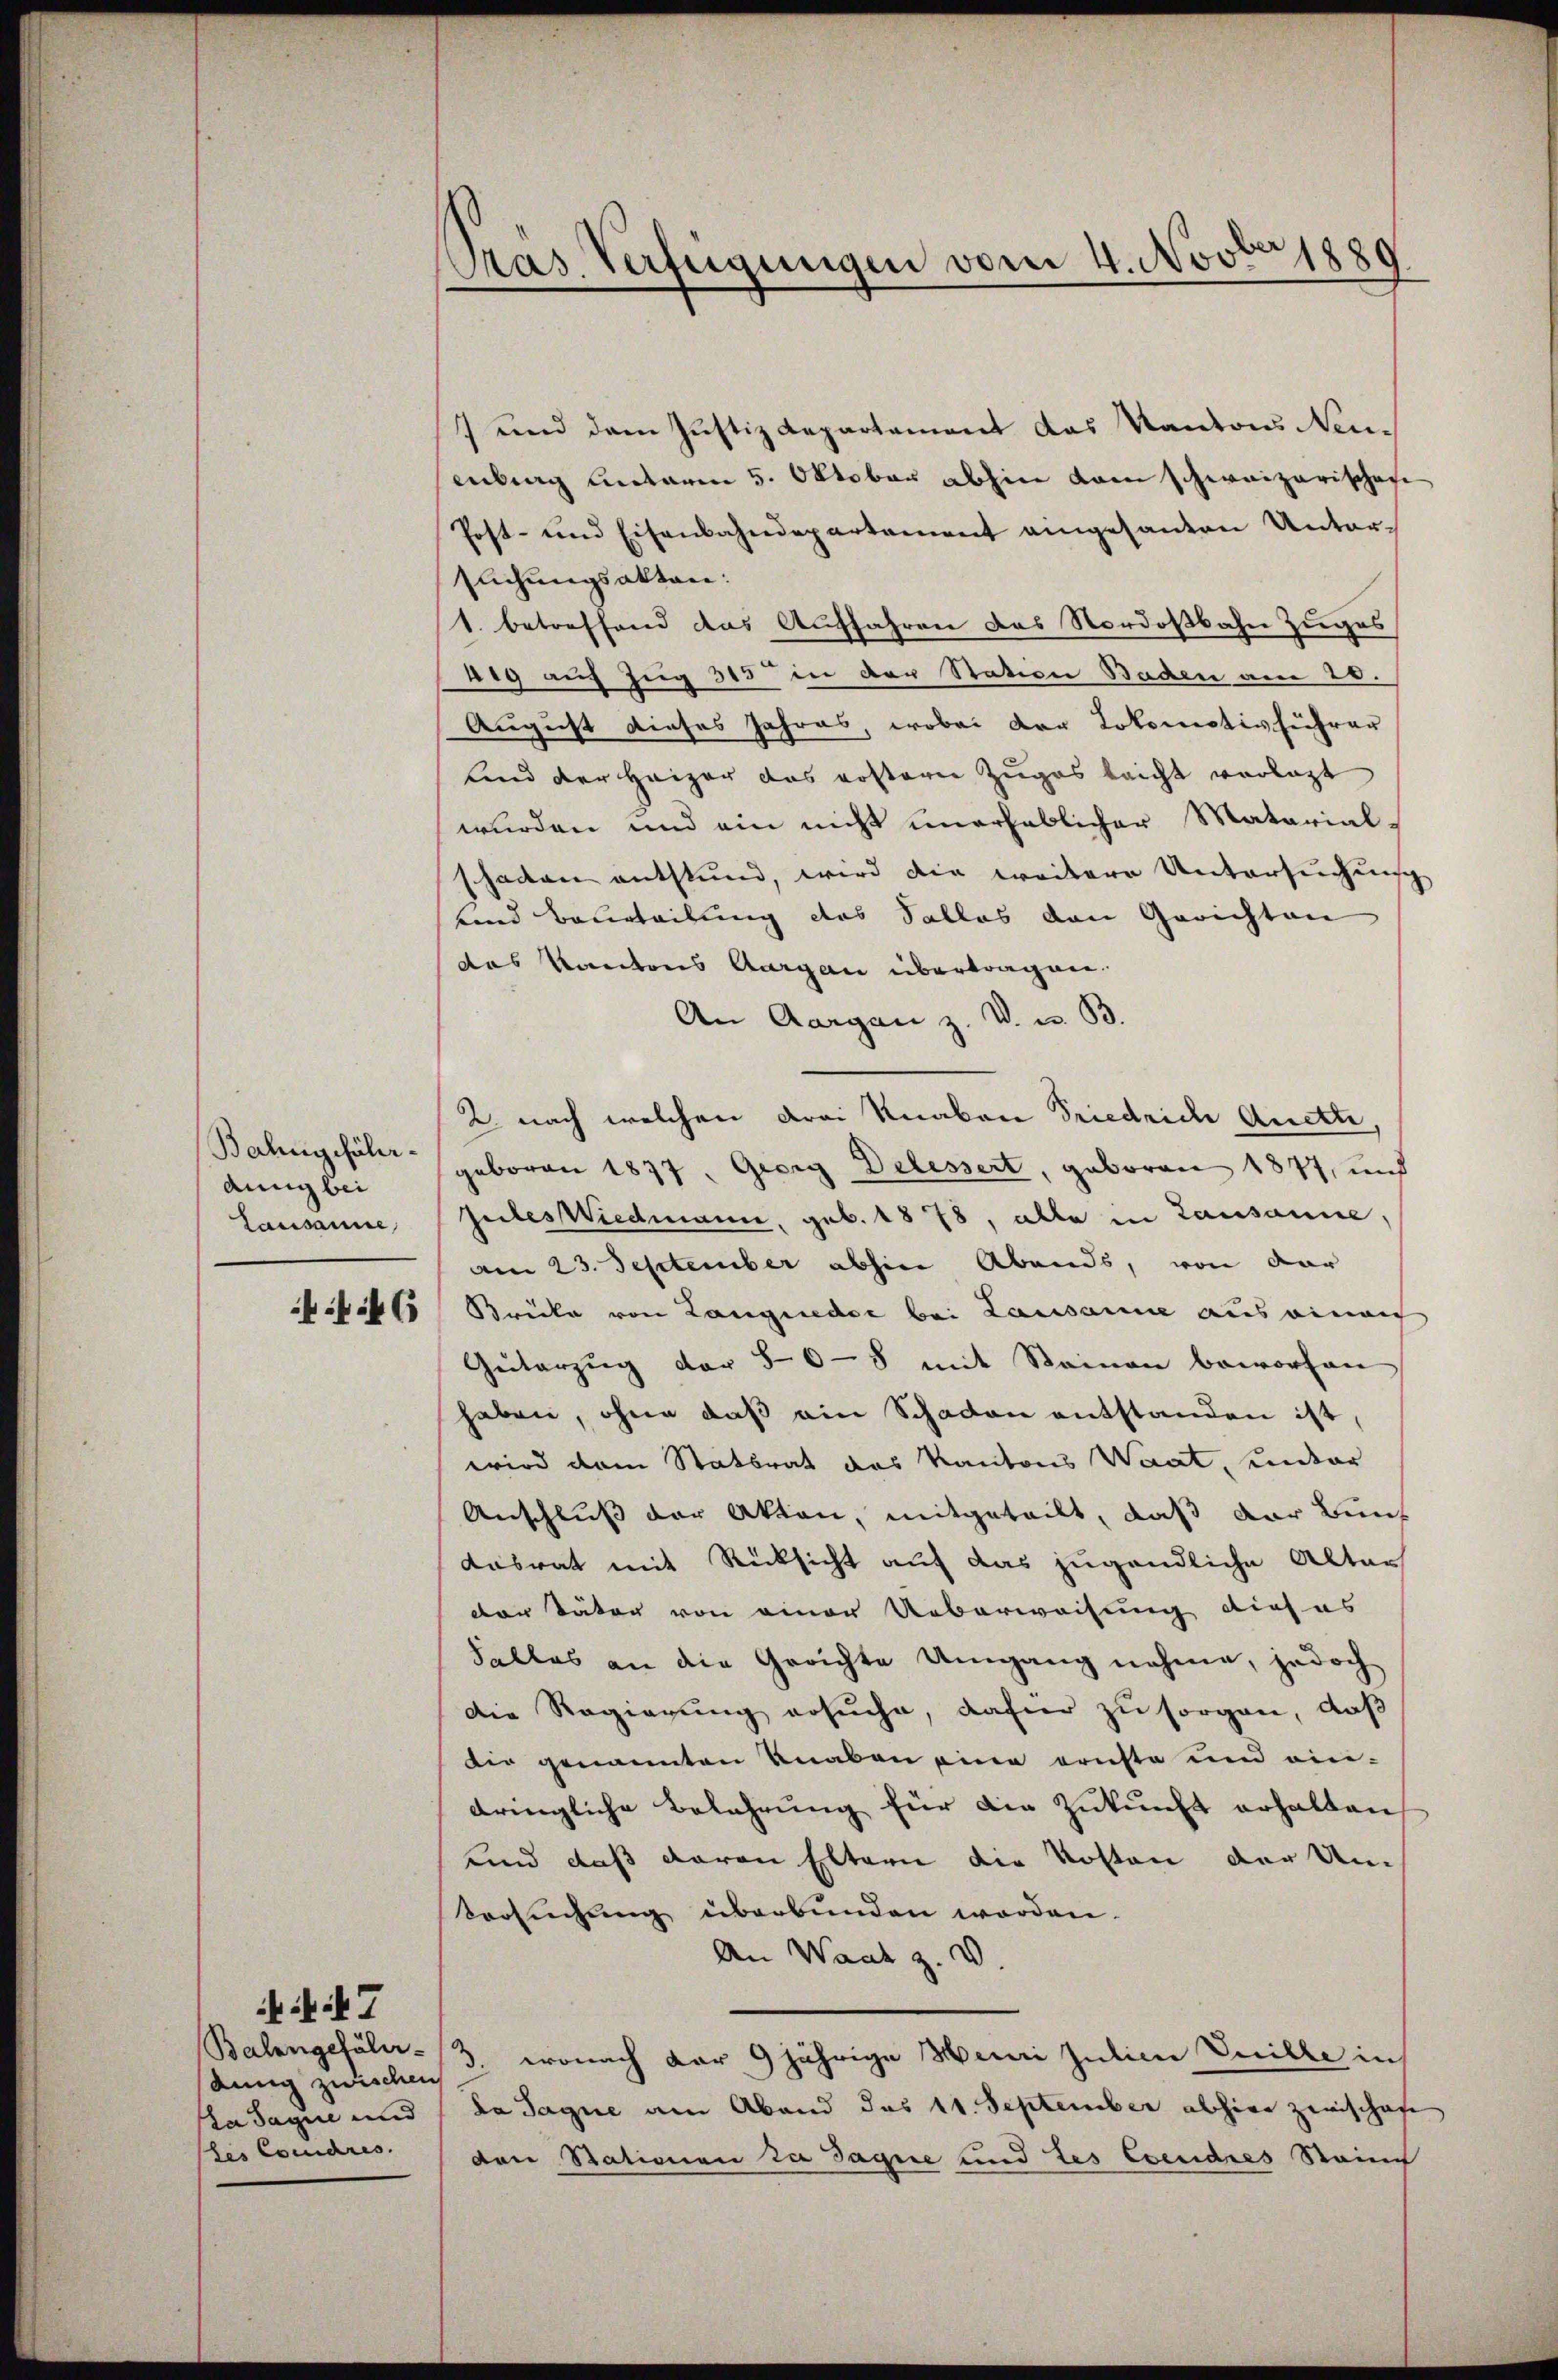
Bahngefähr¬
Aug bei
Lausanne,

46

Balangefähr-
dung zwischen
pra sagie und
(des Condres.

7

Pras Verfügungen vom 4. Novbr 1889

7 und dem Justiz Repartement das Kantons Neuenberg unterm 5. Oktober abhin kam schweizerischaf
Post- und Eisenbahndepartement eingesanten Unter-
Elchungsakten:
1. betreffend das Auffahren das Nordostbahn Zuges
419 auf Zug 315 in der Station Baden am 26.
August dieses Jahres, wobei der Lokomotivführer
Land der Heizer das ersterer Zuges laicht verlast
wurden und ein nicht unerheblicher Materialschaden entstund, wird die weitere Untersuchung
fend Beurteilung des Salles den Gerichten
das Kantons Aargau übertragen.
An Aargau z. V. u. B.
2 nach welchen drei Knaben Friedrich Auette,
geboren 1877, Georg Delessert, geboren 1877, und
Gutes Wiedmann, geb. 1878, alle in Lausanne,
am 23. September abhin Abends, von der
Brücke von Langnedie bei Lausanne aus einen
Geiterzug der 50-8 mit Steinen beworfen
haben, ohne daß ein Schaden entstanden ist,
wird dem Stattrat des Kantons Waat, unter
Anschluß der Akten, mitgeteilt, daß der Bun
dasrat mit Rücksicht auf das jugendliche Altar
der Täter von einer Ueberweisung dieses
Falles an die Gerichte Umgang nehme, jedoch
Die Regierung ersuche, dafür zu sorgen, daß
Die genannten Knaben eine ernste und eindringliche Belehrung für die Zukunft erhalten
unnd daß davon Eltern die Kosten der Un-
Versuchung überbunden worden.
An Waadt z. v
wonach der 9 jährige Mein Julien Cuille in
da Jaque am Abend das 11. September abhier zwischaf
den Stationen zu Tague und des Evendres Stain